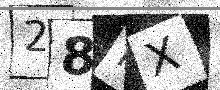
Text: 28NX